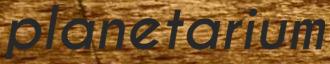
planetarium